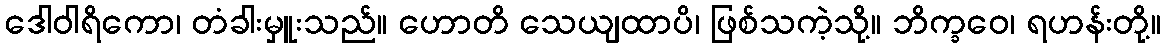
ဒေါဝါရိကော၊ တံခါးမှူးသည်။ ဟောတိ သေယျထာပိ၊ ဖြစ်သကဲ့သို့။ ဘိက္ခဝေ၊ ရဟန်းတို့။